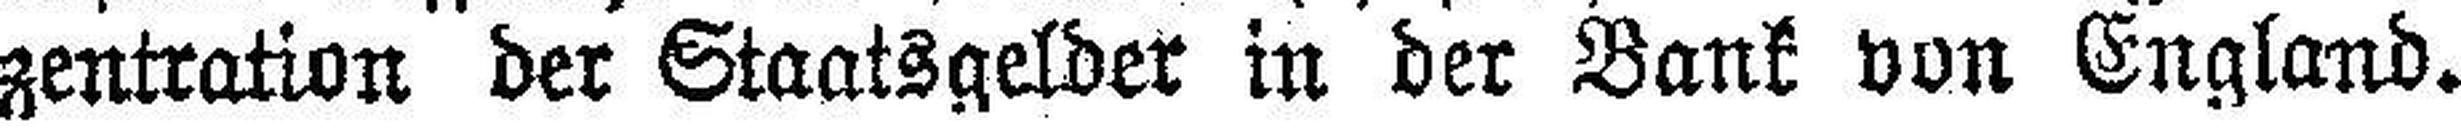
zentration der Staatsgelder in der Bank von England.